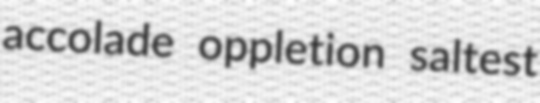
accolade oppletion saltest